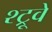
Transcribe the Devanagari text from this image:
श्ट्रूवे